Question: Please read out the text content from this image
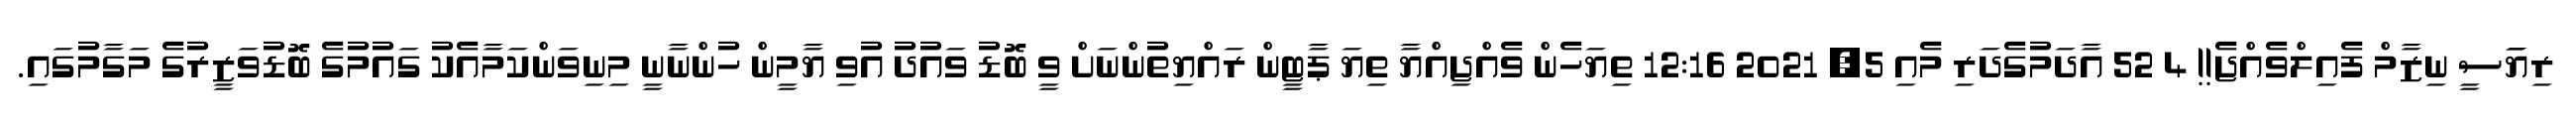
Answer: ރިޔަަސީ ނިޒާމް ފެއިލްވެއްޖެ!! 4 52 އާދަމުގެދަރި މެއި 5, 2021 12:16 ތިޔަހެން ވެއްޖިއްޔާ ތިޔަ ޕާޓީން ރައްޔިތުންނަށް ވީ ބޮޑު ވައުދު އުވި ޔާމީން ހުންނާނީ މިނިވަންކަމާއެކު ގައުމުގެ ބޮޑުވަޒީރުގެ މަގާމުގައި.